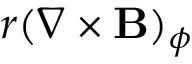
r ( \nabla \times \mathbf B ) _ { \phi }